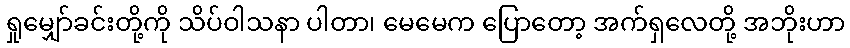
ရှုမျှော်ခင်းတို့ကို သိပ်ဝါသနာ ပါတာ၊ မေမေက ပြောတော့ အက်ရှလေတို့ အဘိုးဟာ